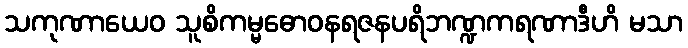
သကုဏာယေဝ သူစိကမ္မဓောဝနရဇနပရိဘဏ္ဍကရဏာဒီဟိ မသာ